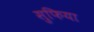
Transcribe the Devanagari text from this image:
सुफिया